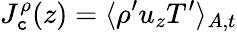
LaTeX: J_{\mathtt{c}}^{\rho}(z)=\langle\rho^{\prime}u_{z}T^{\prime}\rangle_{A,t}